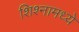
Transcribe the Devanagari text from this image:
शिश्नामध्ये